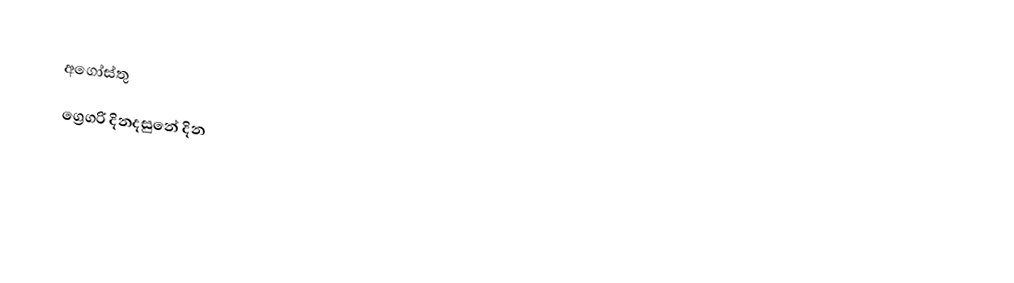
අගෝස්තු
ග්‍රෙගරි දිනදසුනේ දින